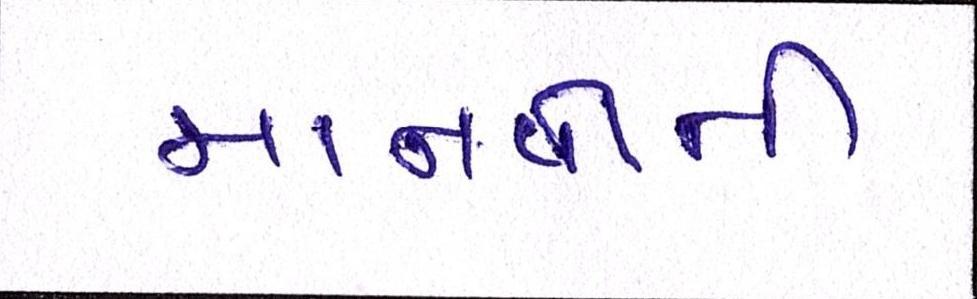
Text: માનવીની